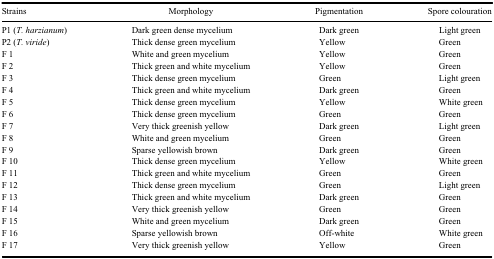
<table><thead><tr><td><b>Strains</b></td><td><b>Morphology</b></td><td><b>Pigmentation</b></td><td><b>Spore colouration</b></td></tr></thead><tbody><tr><td>P1 (<i>T. harzianum</i>)</td><td>Dark green dense mycelium</td><td>Dark green</td><td>Light green</td></tr><tr><td>P2 (<i>T. viride</i>)</td><td>Thick dense green mycelium</td><td>Yellow</td><td>Green</td></tr><tr><td>F 1</td><td>White and green mycelium</td><td>Yellow</td><td>Green</td></tr><tr><td>F 2</td><td>Thick green and white mycelium</td><td>Yellow</td><td>Green</td></tr><tr><td>F 3</td><td>Thick dense green mycelium</td><td>Green</td><td>Light green</td></tr><tr><td>F 4</td><td>Thick green and white mycelium</td><td>Dark green</td><td>Green</td></tr><tr><td>F 5</td><td>Thick dense green mycelium</td><td>Yellow</td><td>White green</td></tr><tr><td>F 6</td><td>Thick dense green mycelium</td><td>Green</td><td>Green</td></tr><tr><td>F 7</td><td>Very thick greenish yellow</td><td>Dark green</td><td>Light green</td></tr><tr><td>F 8</td><td>White and green mycelium</td><td>Green</td><td>Green</td></tr><tr><td>F 9</td><td>Sparse yellowish brown</td><td>Dark green</td><td>Green</td></tr><tr><td>F 10</td><td>Thick dense green mycelium</td><td>Yellow</td><td>White green</td></tr><tr><td>F 11</td><td>Thick green and white mycelium</td><td>Green</td><td>Green</td></tr><tr><td>F 12</td><td>Thick dense green mycelium</td><td>Green</td><td>Light green</td></tr><tr><td>F 13</td><td>Thick green and white mycelium</td><td>Dark green</td><td>Green</td></tr><tr><td>F 14</td><td>Very thick greenish yellow</td><td>Green</td><td>Green</td></tr><tr><td>F 15</td><td>White and green mycelium</td><td>Dark green</td><td>Green</td></tr><tr><td>F 16</td><td>Sparse yellowish brown</td><td>Off-white</td><td>White green</td></tr><tr><td>F 17</td><td>Very thick greenish yellow</td><td>Yellow</td><td>Green</td></tr></tbody></table>